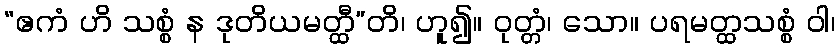
“ဧကံ ဟိ သစ္စံ န ဒုတိယမတ္ထီ”တိ၊ ဟူ၍။ ဝုတ္တံ၊ သော။ ပရမတ္ထသစ္စံ ဝါ၊